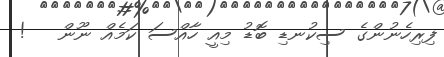
ފިރިހެނުންގެ ސިކުނޑި ބޮޑު މިއީ ހާއްސަ ކަމެއް ނޫން   !